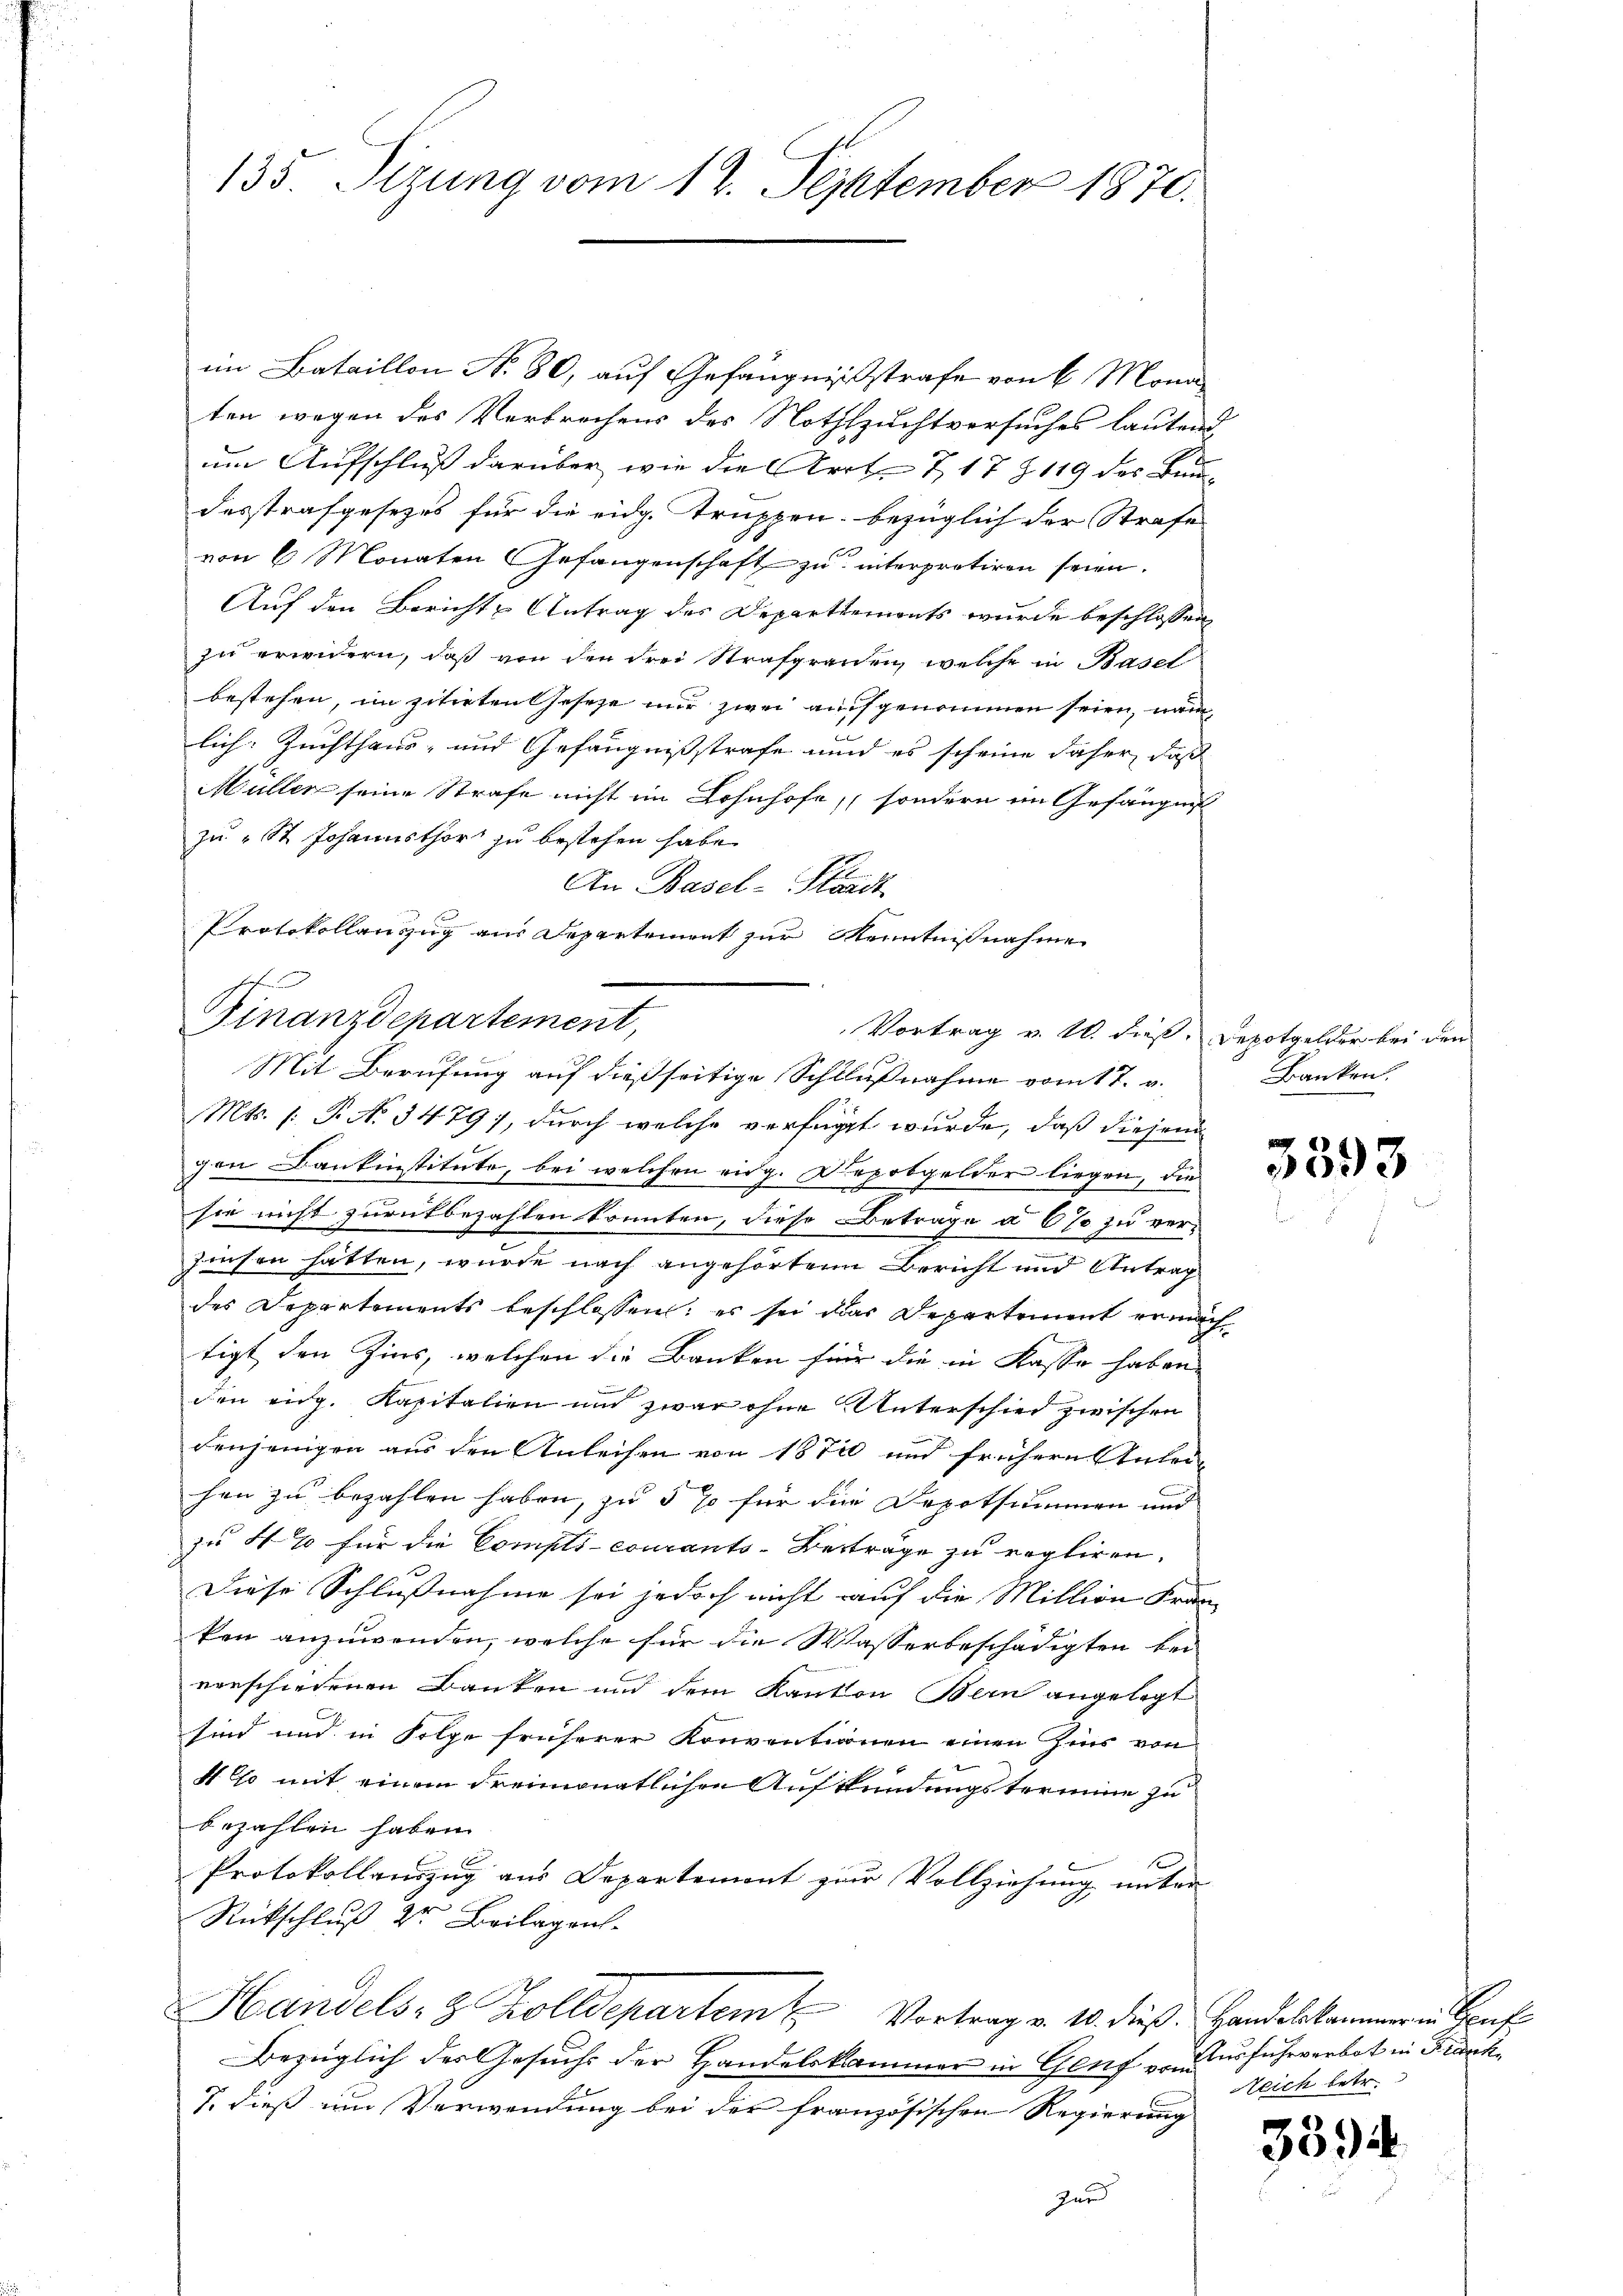
135. Sizung vom 12. September 1870.

im Bataillon No 80, auf Gefängnißstrafe von 6 Mona
ten wegen des Verbrechens des Nothzuchtversuches lautend
um Aufschluß darüber wie die Art. 7, 17 § 119 des Bundesstrafgesezes für die eidg. Truppen bezüglich der Strafe
von 6 Monaten Gefangenschaft zu interprotiren seien.
Auf den Bericht u Antrag des Departiements wurde beschlossen,
zu erwidern, daß von den drei Strafgrauen, welche in Basel
bestehen, im zitirten Geseze nur zwei auch genommen seien, nam
lich: Zuchthaus- und Gefängnissstrafe und es scheine daher, daß
Müller seine Strafe nicht im Lohnhofe, sondern im Gefängnis
zu St. Johannsthor zu bestehen habe.
An Basel-Stadt
Protokollanzug aus Departement zur Kenntnißnahme

Finanzdepartement,
Vortrag v. W. dieß. Depotgelder bei den
Mit Berufung auf dießseitige Schlußnahme vom 17. v.

Mts. 1. P. N. 3479), durch welche verfügt wurde, daß diejeni
gen Dankinstitute, bei welchen eidg. Depobgelder liegen, die
sie nicht zurückbezahlen könnten, diese Beträge a 6 % zu verzinsen hätten, wurde nach angehörten Bericht und Antrag
des Departements beschlossen: es sei das Departement ermach
tigt den Zins, welchen die Banken für die in Kasse haben |
den eidg. Kapitalien und zwar ohne Unterschied zwischen
denjenigen aus den Anleisen von 1870 und frühern Anleihen zu bezahlen haben, zu 5 % für die Depotsummen und
zu 4% für die Compls-courants-Besträge zu regliren.
Diese Schlußnahme sei jedoch nicht auf die Million Fran-
ken anzuwenden, welche für die Wasserbeschädigten kei
vorschiedenen Banken und dem Kanton Bern angelegt
sind und in Folge früherer Konventionen einen Zins von
4 to mit einem dreimonatlichen Aufkündungstermine zu
bezahlen haben.
Protokollauszug aus Departemont zur Vollziehung unter
Rückschluß der Beilagrah
Handels- & Zolldepartem u Vortrag v. 10. dieß. Handelskammer in Hanf
Bezüglich des Gesuchs der Handelskammer in Genf vom
7. dieß um Verwendung bei der französischen Regierung
Zund

Banken.

3393

Ausfuhrverbot in Franke
Reich betr.

3394